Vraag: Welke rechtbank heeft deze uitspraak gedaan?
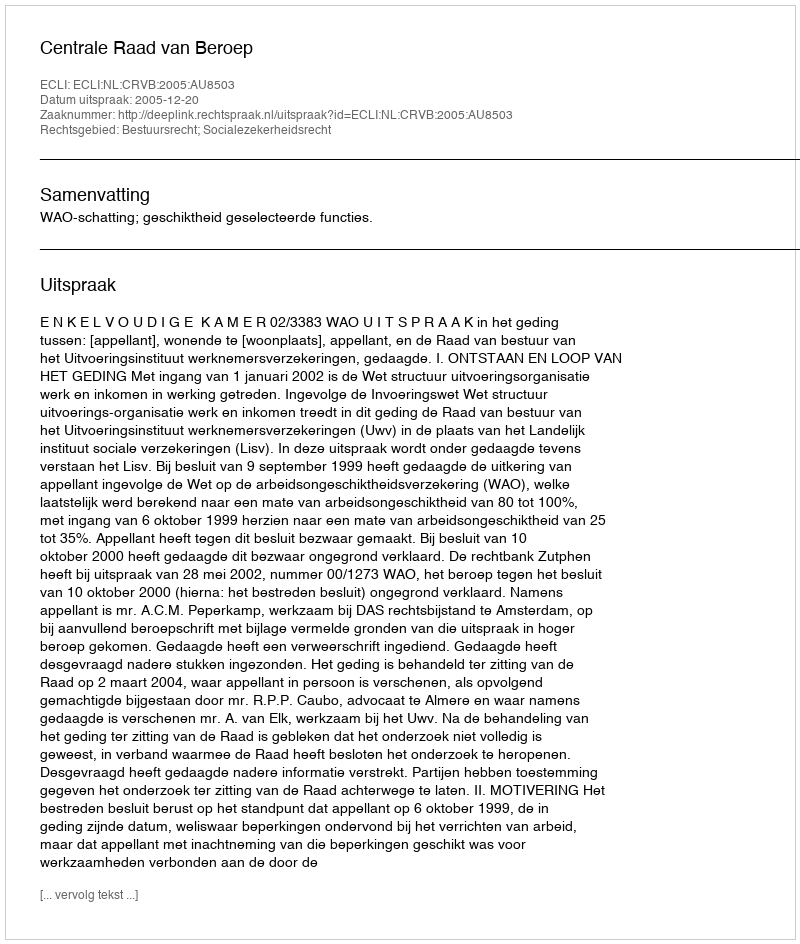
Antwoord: Centrale Raad van Beroep